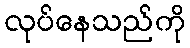
လုပ်နေသည်ကို